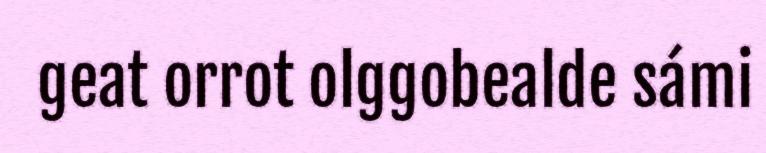
geat orrot olggobealde sámi